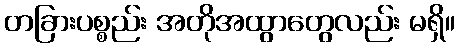
တခြားပစ္စည်း အတိုအထွာတွေလည်း မရှိ။